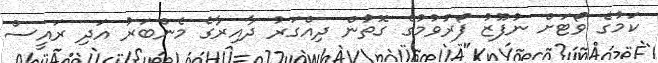
ކަމުގެ ވޯޓަށް ނުފޫޒު ފޯރުވުމުގެ ގޮތުން ދިއްގަރު ދާއިރާގެ މެންބަރު އަދި ރައީސް